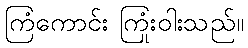
ကြံကောင်း ကြုံးဝါးသည်။